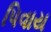
પિવાય